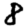
Digit: 8